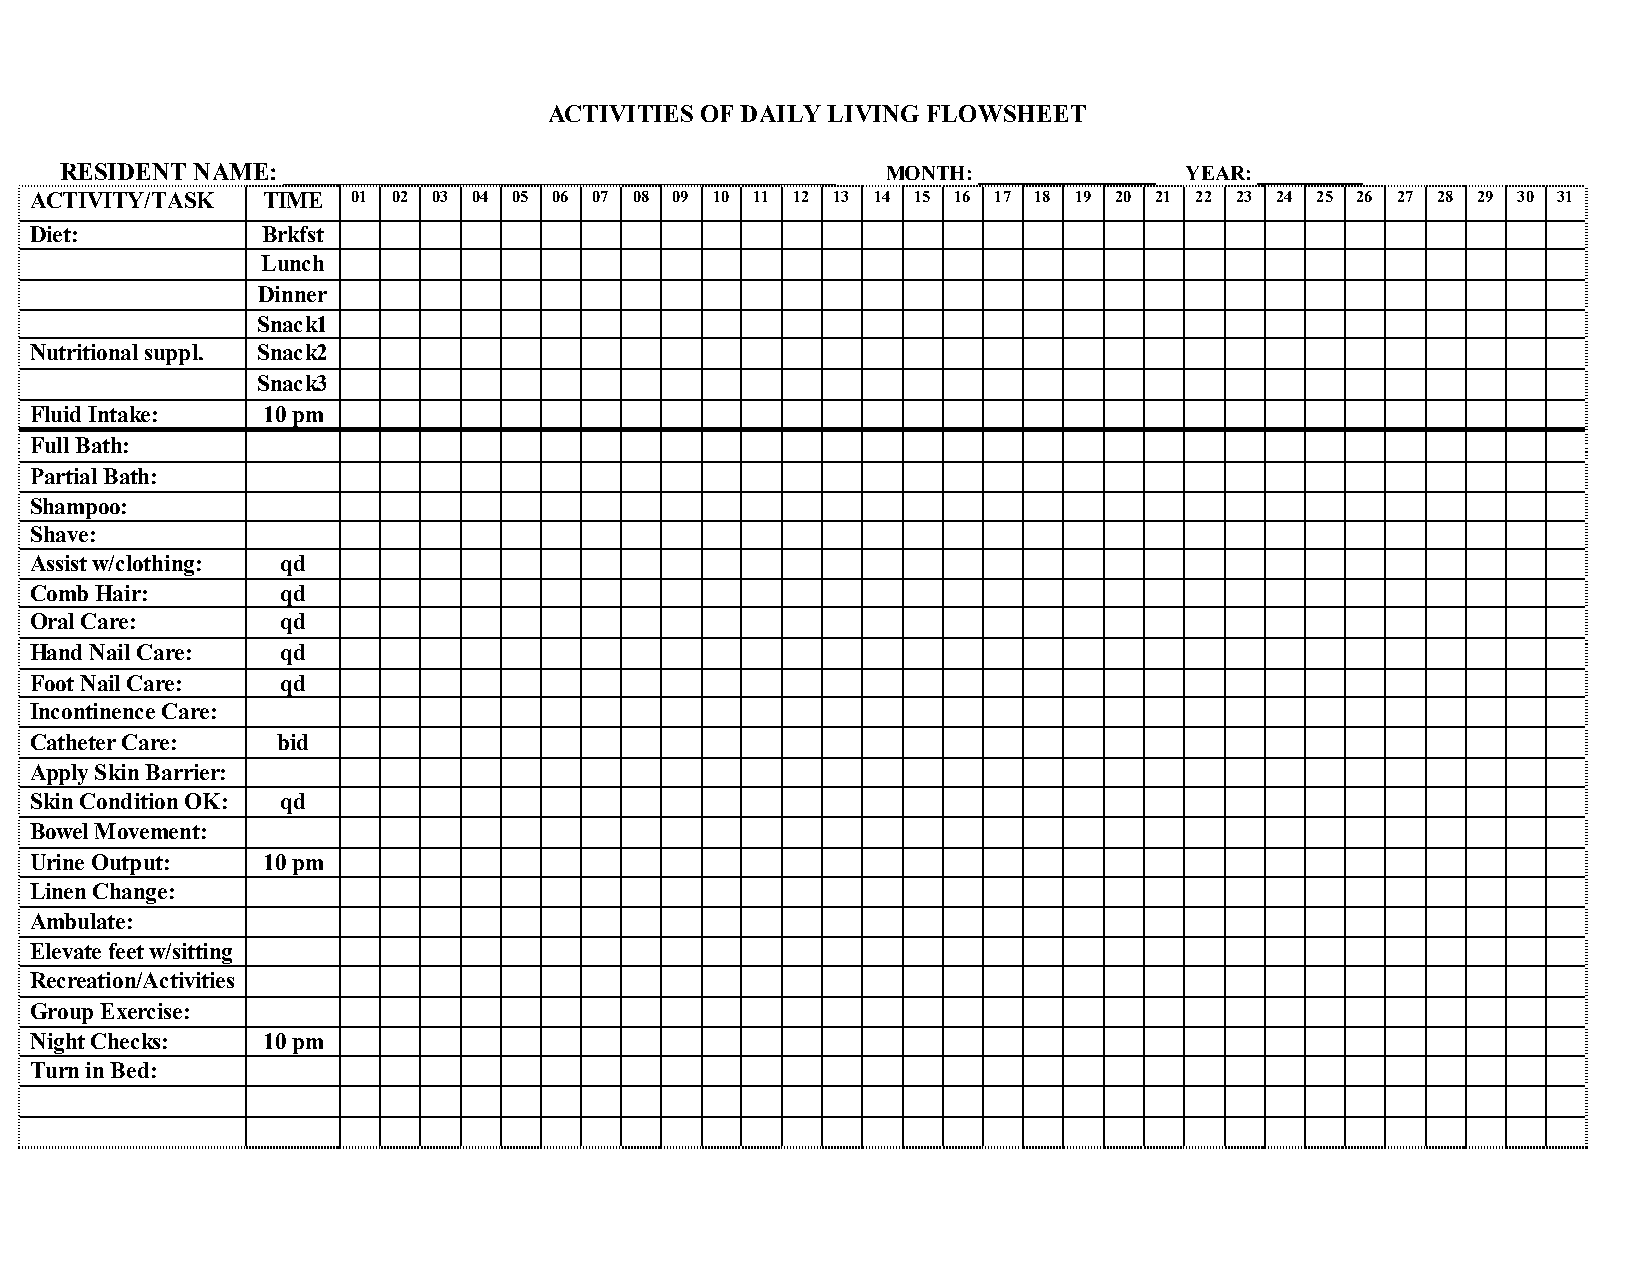
ACTIVITIES OF DAILY LIVING FLOWSHEET
 RESIDENT NAME: ____________________________________________ MONTH: _________________ YEAR: __________
 ACTIVITY/TASK  TIME  01 02 03 04 05 06 07 08 09 10 11 12 13 14 15 16 17 18 19 20 21 22 23 24 25 26 27 28 29 30 31
 Diet:          Brkfst
 Lunch
 Dinner
 Snack1
 Nutritional suppl. Snack2
 Snack3
 Fluid Intake:  10 pm
 Full Bath:
 Partial Bath:
 Shampoo:
 Shave:
 Assist w/clothing: qd
 Comb Hair:       qd
 Oral Care:       qd
 Hand Nail Care:  qd
 Foot Nail Care:  qd
 Incontinence Care:
 Catheter Care:  bid
 Apply Skin Barrier:
 Skin Condition OK: qd
 Bowel Movement:
 Urine Output:  10 pm
 Linen Change:
 Ambulate:
 Elevate feet w/sitting
 Recreation/Activities
 Group Exercise:
 Night Checks:  10 pm
 Turn in Bed: